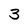
Character: 3